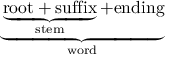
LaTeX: \underbrace { \underbrace { \mathrm { r o o t + s u f f i x } } _ { \mathrm { s t e m } } + \mathrm { e n d i n g } } _ { \mathrm { w o r d } }